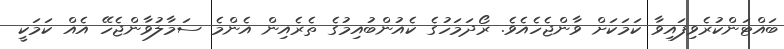
ބައްޓަންކުރެވިފައިވާ ކަމަކަށް ވާންޖެހެއެވެ. ރޯދަމަހުގެ ކެއުންބުއިމުގެ ތެރެއިން އެންމެ ސަމާލުވާންޖެހޭ އެއް ކަމަކީ